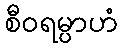
စီဝရမ္ပာဟံ